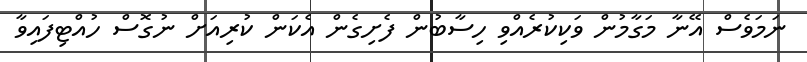
ނަމަވެސް އޭނާ މަގާމުން ވަކިކުރެއްވި ހިސާބުން ފެށިގެން އެކަން ކުރިއަށް ނުގޮސް ހުއްޓިފައިވާ